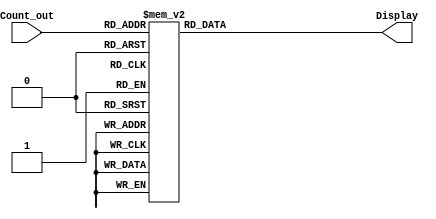
`timescale 1ns/1ns
module SSD(input [3:0]Count_out, output reg[6:0]Display);
  
  always @(Count_out) begin
    case(Count_out)
      4'b0000: Display = 7'b1000000;
      4'b0001: Display = 7'b1111001;
      4'b0010: Display = 7'b0100100;
      4'b0011: Display = 7'b0110000;
      4'b0100: Display = 7'b0011001;
      4'b0101: Display = 7'b0010010;
      4'b0110: Display = 7'b0000010;
      4'b0111: Display = 7'b1111000;
      4'b1000: Display = 7'b0000000;
      4'b1001: Display = 7'b0010000;
      4'b1010: Display = 7'b0001000;
      4'b1011: Display = 7'b0000011;
      4'b1100: Display = 7'b1000110;
      4'b1101: Display = 7'b0100001;
      4'b1110: Display = 7'b0000110;
      4'b1111: Display = 7'b0001110;
    endcase
  end
  
endmodule